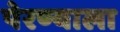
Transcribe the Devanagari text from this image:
पेरण्याला